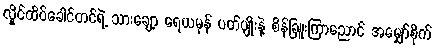
လှိုင်ထိပ်ခေါင်တင်ရဲ့ သားချော့ ရေယမုန် ပတ်ပျိုးနဲ့ စိန်ခြူးကြာညောင် အမျှော်စိုက်